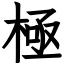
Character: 極